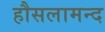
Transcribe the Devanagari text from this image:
हौसलामन्द